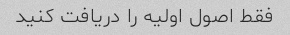
فقط اصول اولیه را دریافت کنید